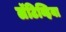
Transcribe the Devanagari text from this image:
लॅटिव्हिया